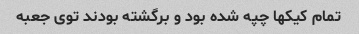
تمام کیکها چپه شده بود و‌ برگشته بودند توی جعبه